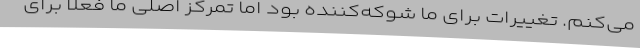
می‌کنم. تغییرات برای ما شوکه‌کننده بود اما تمرکز اصلی ما فعلا برای